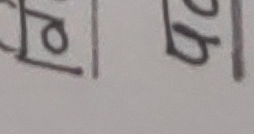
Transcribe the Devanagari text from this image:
ळ्ग